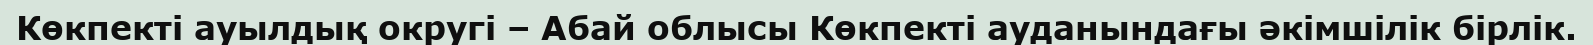
Көкпекті ауылдық округі – Абай облысы Көкпекті ауданындағы әкімшілік бірлік.